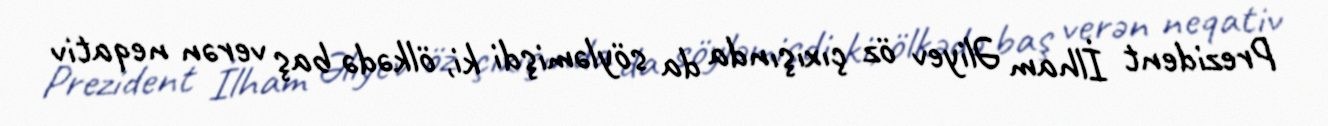
Prezident İlham Əliyev öz çıxışında da söyləmişdi ki, ölkədə baş verən neqativ